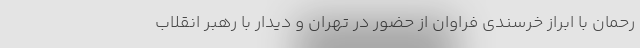
رحمان با ابراز خرسندی فراوان از حضور در تهران و دیدار با رهبر انقلاب